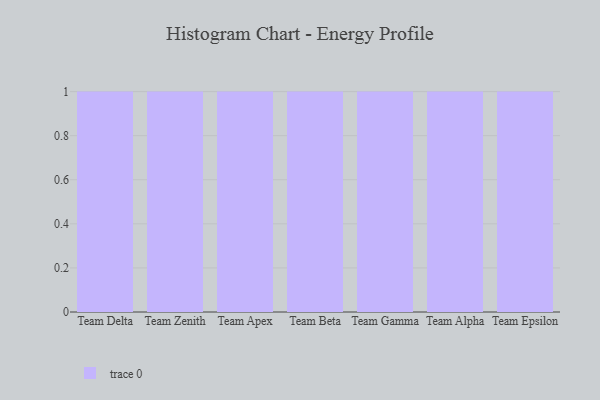
{"axis": {"x": "Team", "y": "Churn Rate (%)"}, "legend": [""], "data": [{"x": "Team Delta", "y": 44, "type": ""}, {"x": "Team Zenith", "y": 67, "type": ""}, {"x": "Team Apex", "y": 43, "type": ""}, {"x": "Team Beta", "y": 4, "type": ""}, {"x": "Team Gamma", "y": 36, "type": ""}, {"x": "Team Alpha", "y": 67, "type": ""}, {"x": "Team Epsilon", "y": 15, "type": ""}]}